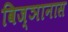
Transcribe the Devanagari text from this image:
विज्ञानास